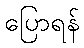
ပြောရန်